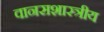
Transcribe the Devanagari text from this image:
वानसशास्त्रीय